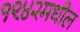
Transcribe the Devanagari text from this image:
१९४२मधील